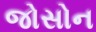
જોસોન